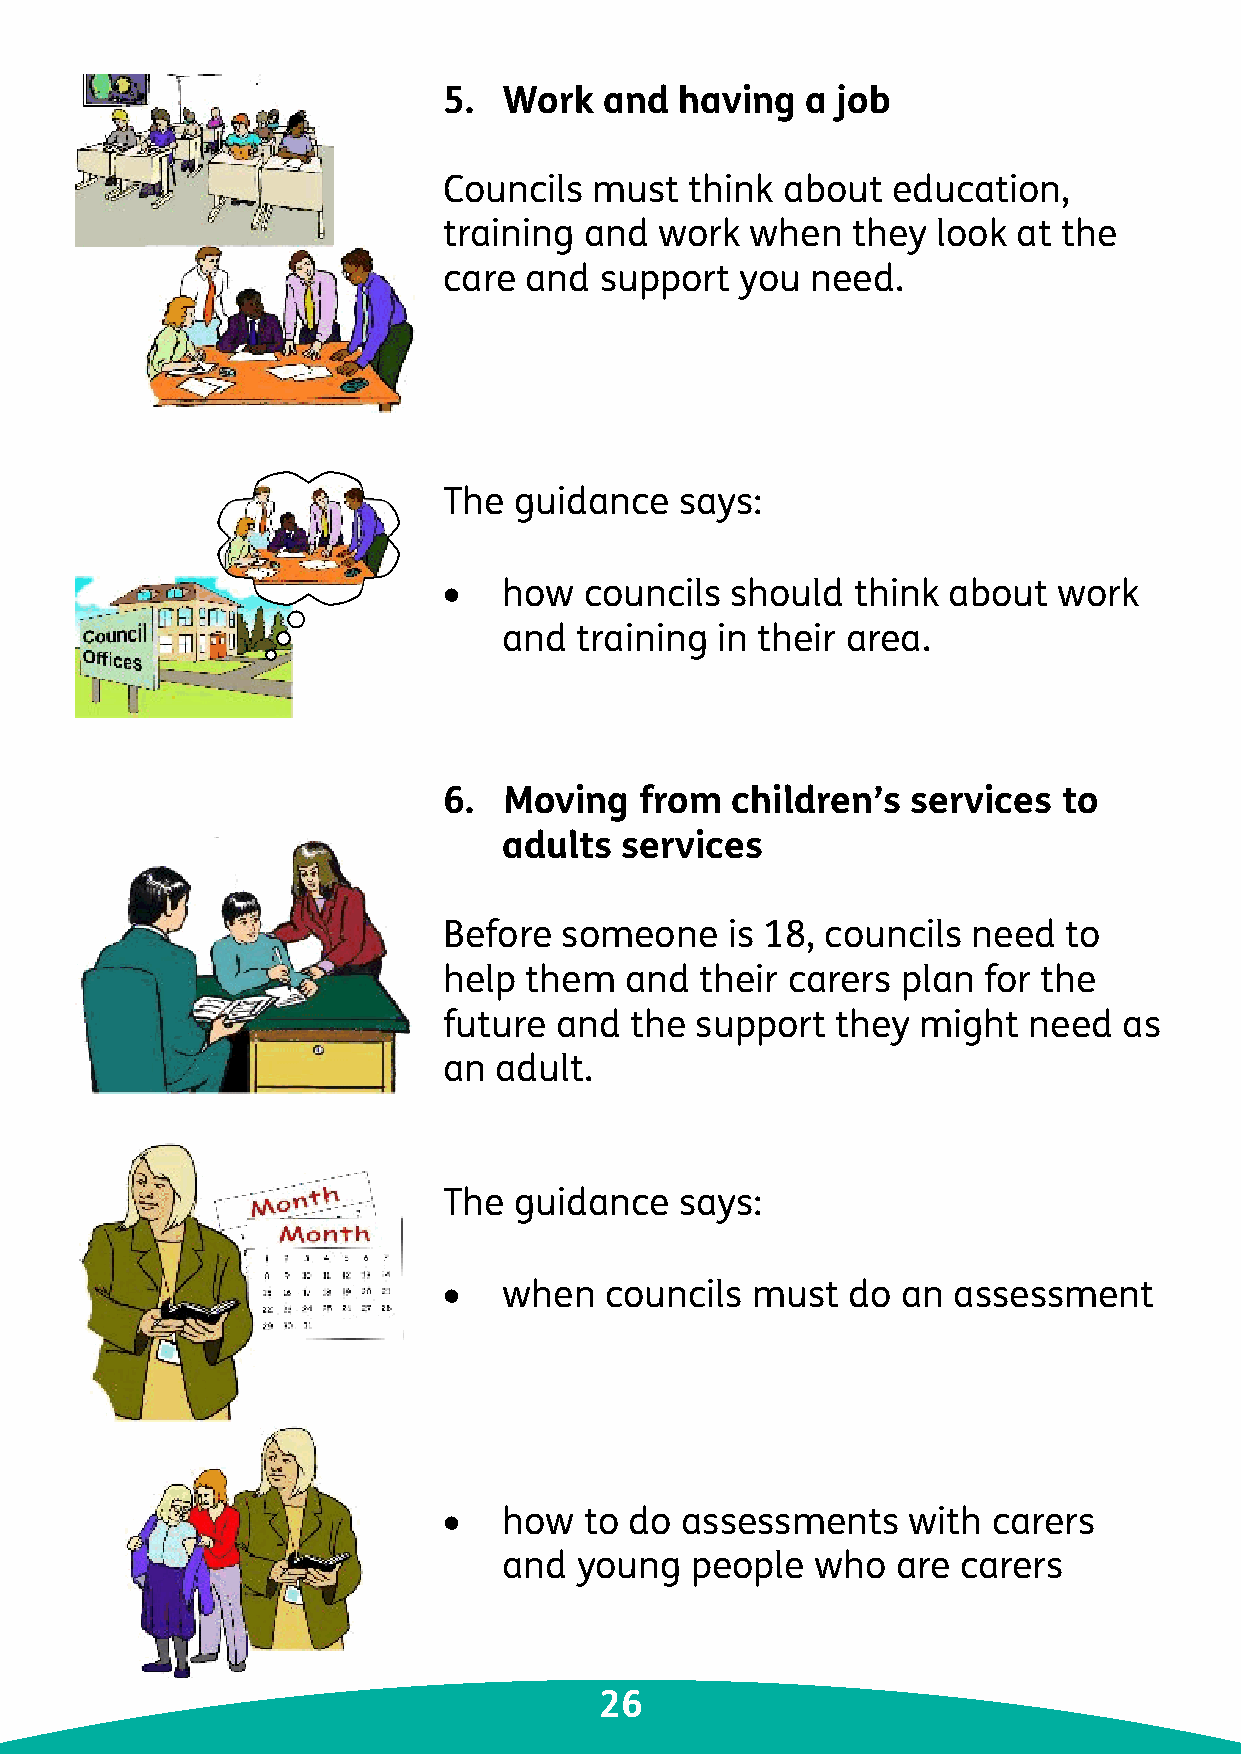
5.  Work   and  having  a job
 Councils  must   think about  education,
 training  and  work  when  they  look at the
 care  and  support  you  need.
 The  guidance   says:
 •   how   councils should  think  about  work
 and  training in their area.
 6.  Moving   from  children’s  services  to
 adults  services
 Before  someone    is 18, councils need  to
 help  them  and  their carers  plan for the
 future  and  the support  they  might  need  as
 an  adult.
 The  guidance   says:
 •   when   councils  must  do  an assessment
 •   how   to do assessments    with  carers
 and  young   people  who  are  carers
 26